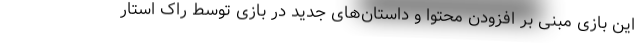
این بازی مبنی بر افزودن محتوا و داستان‌های جدید در بازی توسط راک استار